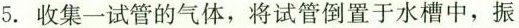
5.收集一试管的气体，将试管倒置于水槽中，振